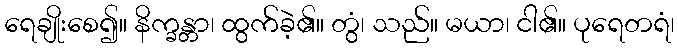
ရေချိုးစေ၍။ နိက္ခန္တာ၊ ထွက်ခဲ့၏။ တွံ၊ သည်။ မယာ၊ ငါ၏။ ပုရေတရံ၊